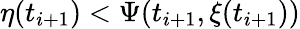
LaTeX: \eta(t_{i+1})<\Psi(t_{i+1},\xi(t_{i+1}))